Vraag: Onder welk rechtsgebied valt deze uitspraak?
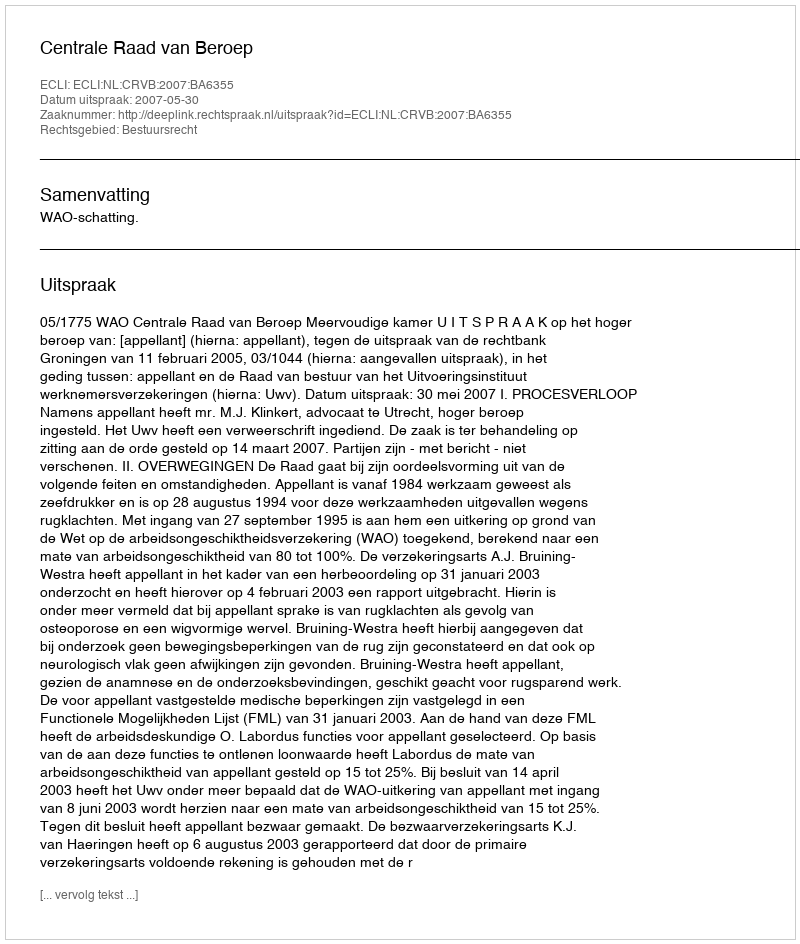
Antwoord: Bestuursrecht